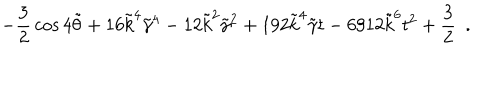
- { \frac { 3 } { 2 } } \cos { 4 \tilde { \theta } } + 1 6 \tilde { k } ^ { 4 } \tilde { \gamma } ^ { 4 } - 1 2 \tilde { k } ^ { 2 } \tilde { \gamma } ^ { 2 } + 1 9 2 \tilde { k } ^ { 4 } \tilde { \gamma } t - 6 9 1 2 \tilde { k } ^ { 6 } t ^ { 2 } + { \frac { 3 } { 2 } } ~ ~ .